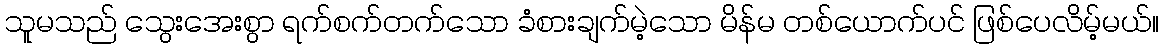
သူမသည် သွေးအေးစွာ ရက်စက်တက်သော ခံစားချက်မဲ့သော မိန်မ တစ်ယောက်ပင် ဖြစ်ပေလိမ့်မယ်။